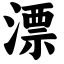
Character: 漂